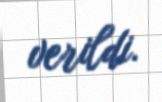
verildi.